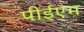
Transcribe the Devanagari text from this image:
पीईएम